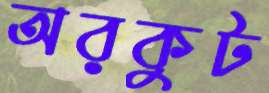
অরকুট